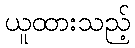
ယူထားသည့်